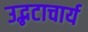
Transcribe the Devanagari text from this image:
उद्भटाचार्य